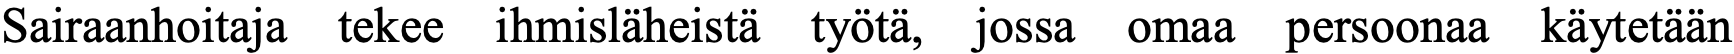
Sairaanhoitaja tekee ihmisläheistä työtä, jossa omaa persoonaa käytetään